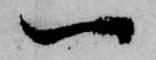
一